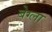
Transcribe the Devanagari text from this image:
बेग्ला